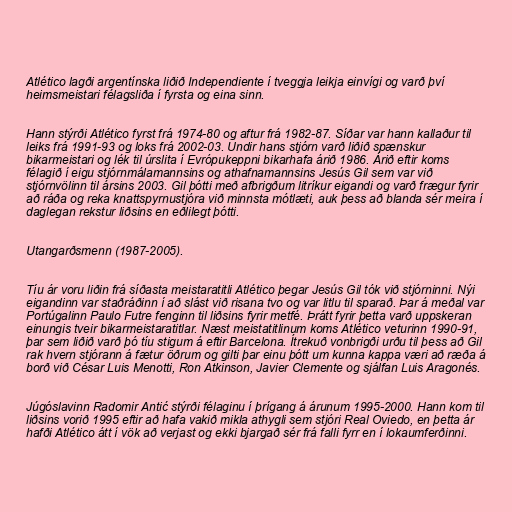
Atlético lagði argentínska liðið Independiente í tveggja leikja einvígi og varð því
heimsmeistari félagsliða í fyrsta og eina sinn.

Hann stýrði Atlético fyrst frá 1974-80 og aftur frá 1982-87. Síðar var hann kallaður til
leiks frá 1991-93 og loks frá 2002-03. Undir hans stjórn varð liðið spænskur
bikarmeistari og lék til úrslita í Evrópukeppni bikarhafa árið 1986. Árið eftir koms
félagið í eigu stjórnmálamannsins og athafnamannsins Jesús Gil sem var við
stjórnvölinn til ársins 2003. Gil þótti með afbrigðum litríkur eigandi og varð frægur fyrir
að ráða og reka knattspyrnustjóra við minnsta mótlæti, auk þess að blanda sér meira í
daglegan rekstur liðsins en eðlilegt þótti.

Utangarðsmenn (1987-2005).

Tíu ár voru liðin frá síðasta meistaratitli Atlético þegar Jesús Gil tók við stjórninni. Nýi
eigandinn var staðráðinn í að slást við risana tvo og var litlu til sparað. Þar á meðal var
Portúgalinn Paulo Futre fenginn til liðsins fyrir metfé. Þrátt fyrir þetta varð uppskeran
einungis tveir bikarmeistaratitlar. Næst meistatitlinum koms Atlético veturinn 1990-91,
þar sem liðið varð þó tíu stigum á eftir Barcelona. Ítrekuð vonbrigði urðu til þess að Gil
rak hvern stjórann á fætur öðrum og gilti þar einu þótt um kunna kappa væri að ræða á
borð við César Luis Menotti, Ron Atkinson, Javier Clemente og sjálfan Luis Aragonés.

Júgóslavinn Radomir Antić stýrði félaginu í þrígang á árunum 1995-2000. Hann kom til
liðsins vorið 1995 eftir að hafa vakið mikla athygli sem stjóri Real Oviedo, en þetta ár
hafði Atlético átt í vök að verjast og ekki bjargað sér frá falli fyrr en í lokaumferðinni.